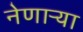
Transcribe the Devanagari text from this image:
नेणाऱ्या